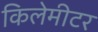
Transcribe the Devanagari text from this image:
किलेमीटर